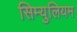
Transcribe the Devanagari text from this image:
सिम्युलियम